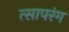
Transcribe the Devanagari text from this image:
त्सापरंग